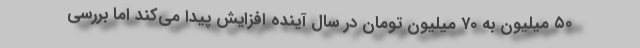
۵۰ میلیون به ۷۰ میلیون تومان در سال آینده افزایش پیدا می‌کند اما بررسی